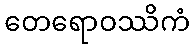
တေရောဝဿိကံ